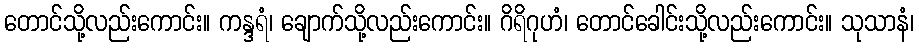
တောင်သို့လည်းကောင်း။ ကန္ဒရံ၊ ချောက်သို့လည်းကောင်း။ ဂိရိဂုဟံ၊ တောင်ခေါင်းသို့လည်းကောင်း။ သုသာနံ၊